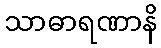
သာဓာရဏာနိ